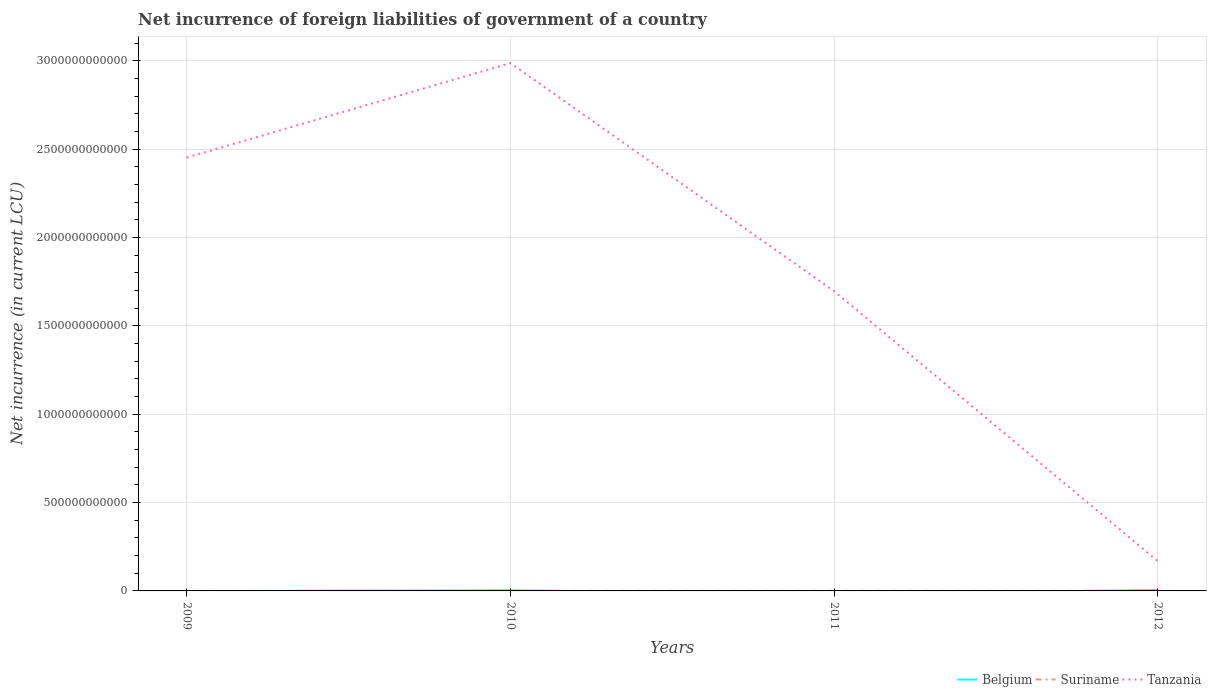
| Years | Belgium | Suriname | Tanzania |
 | --- | --- | --- | --- |
 | 2009 | -8.47e+08 | -1.63e+07 | 2.45e+12 |
 | 2010 | 3.5e+09 | 1.84e+08 | 2.99e+12 |
 | 2011 | -1.77e+10 | 4.14e+08 | 1.7e+12 |
 | 2012 | 5.3e+09 | 3.48e+08 | 1.68e+11 |